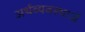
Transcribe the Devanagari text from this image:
अर्थव्यवस्थाअें